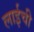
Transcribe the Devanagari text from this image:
लाईची